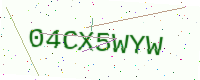
Text: 04CX5WYW